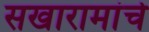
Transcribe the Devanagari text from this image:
सखारामांचे